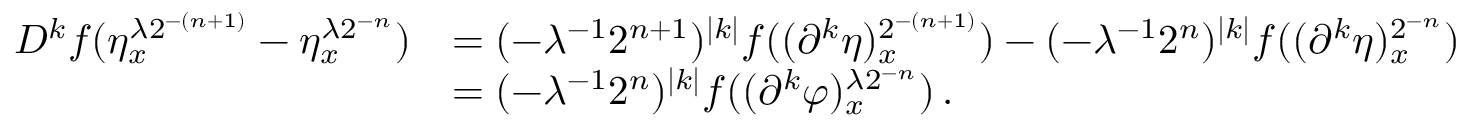
\begin{array} { r l } { D ^ { k } f ( \eta _ { x } ^ { \lambda 2 ^ { - ( n + 1 ) } } - \eta _ { x } ^ { \lambda 2 ^ { - n } } ) } & { = ( - \lambda ^ { - 1 } 2 ^ { n + 1 } ) ^ { | k | } f ( ( \partial ^ { k } \eta ) _ { x } ^ { 2 ^ { - ( n + 1 ) } } ) - ( - \lambda ^ { - 1 } 2 ^ { n } ) ^ { | k | } f ( ( \partial ^ { k } \eta ) _ { x } ^ { 2 ^ { - n } } ) } \\ & { = ( - \lambda ^ { - 1 } 2 ^ { n } ) ^ { | k | } f ( ( \partial ^ { k } \varphi ) _ { x } ^ { \lambda 2 ^ { - n } } ) \, . } \end{array}